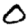
Digit: 0